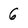
Character: 6